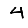
Digit: 4